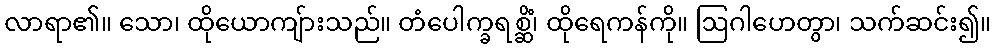
လာရာ၏။ သော၊ ထိုယောကျ်ားသည်။ တံပေါက္ခရစ္ဆိံ၊ ထိုရေကန်ကို။ ဩဂါဟေတွာ၊ သက်ဆင်း၍။